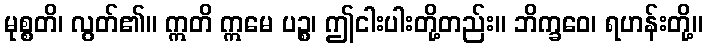
မုစ္စတိ၊ လွတ်၏။ ဣတိ ဣမေ ပဉ္စ၊ ဤငါးပါးတို့တည်း။ ဘိက္ခဝေ၊ ရဟန်းတို့။